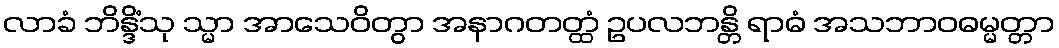
လာခံ ဘိန္ဒိံသု သ္မာ အာသေဝိတွာ အနာဂတတ္ထံ ဥပလဘန္တိ ရာဓံ အသဘာဝဓမ္မတ္တာ